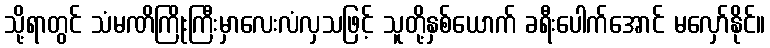
သို့ရာတွင် သံမဏိကြိုးကြီးမှာလေးလံလှသဖြင့် သူတို့နှစ်ယောက် ခရီးပေါက်အောင် မလှော်နိုင်။